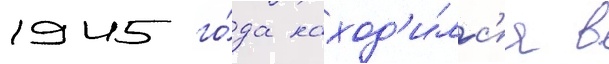
1945 го́да наход'и́лс'я в